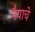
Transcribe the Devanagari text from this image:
मैयाचे